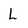
Character: L